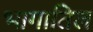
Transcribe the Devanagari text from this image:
भागातिल